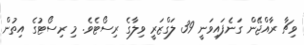
ވިޗާ ރާއްޖޭން ގަނެފައިވަނީ 39 ލަގްޒަރީ ވިލާގެ ރިސޯޓެވެ. މި ރިސޯޓުގެ އިތުން